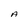
Character: A